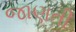
જાણતી